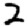
Digit: 2